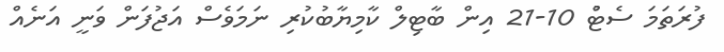
ފުރަތަމަ ސެޓުް 10-21 އިން ބާޓިލް ކާމިޔާބުކުރި ނަމަވެސް އަޖުފަން ވަނީ އަނެއް